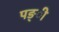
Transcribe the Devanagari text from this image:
पङ्ी